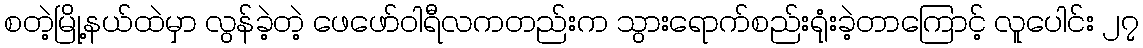
စတဲ့မြို့နယ်ထဲမှာ လွန်ခဲ့တဲ့ ဖေဖော်ဝါရီလကတည်းက သွားရောက်စည်းရုံးခဲ့တာကြောင့် လူပေါင်း ၂၇